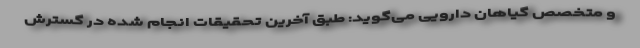
و متخصص گیاهان دارویی می‌گوید: طبق آخرین تحقیقات انجام شده در گسترش